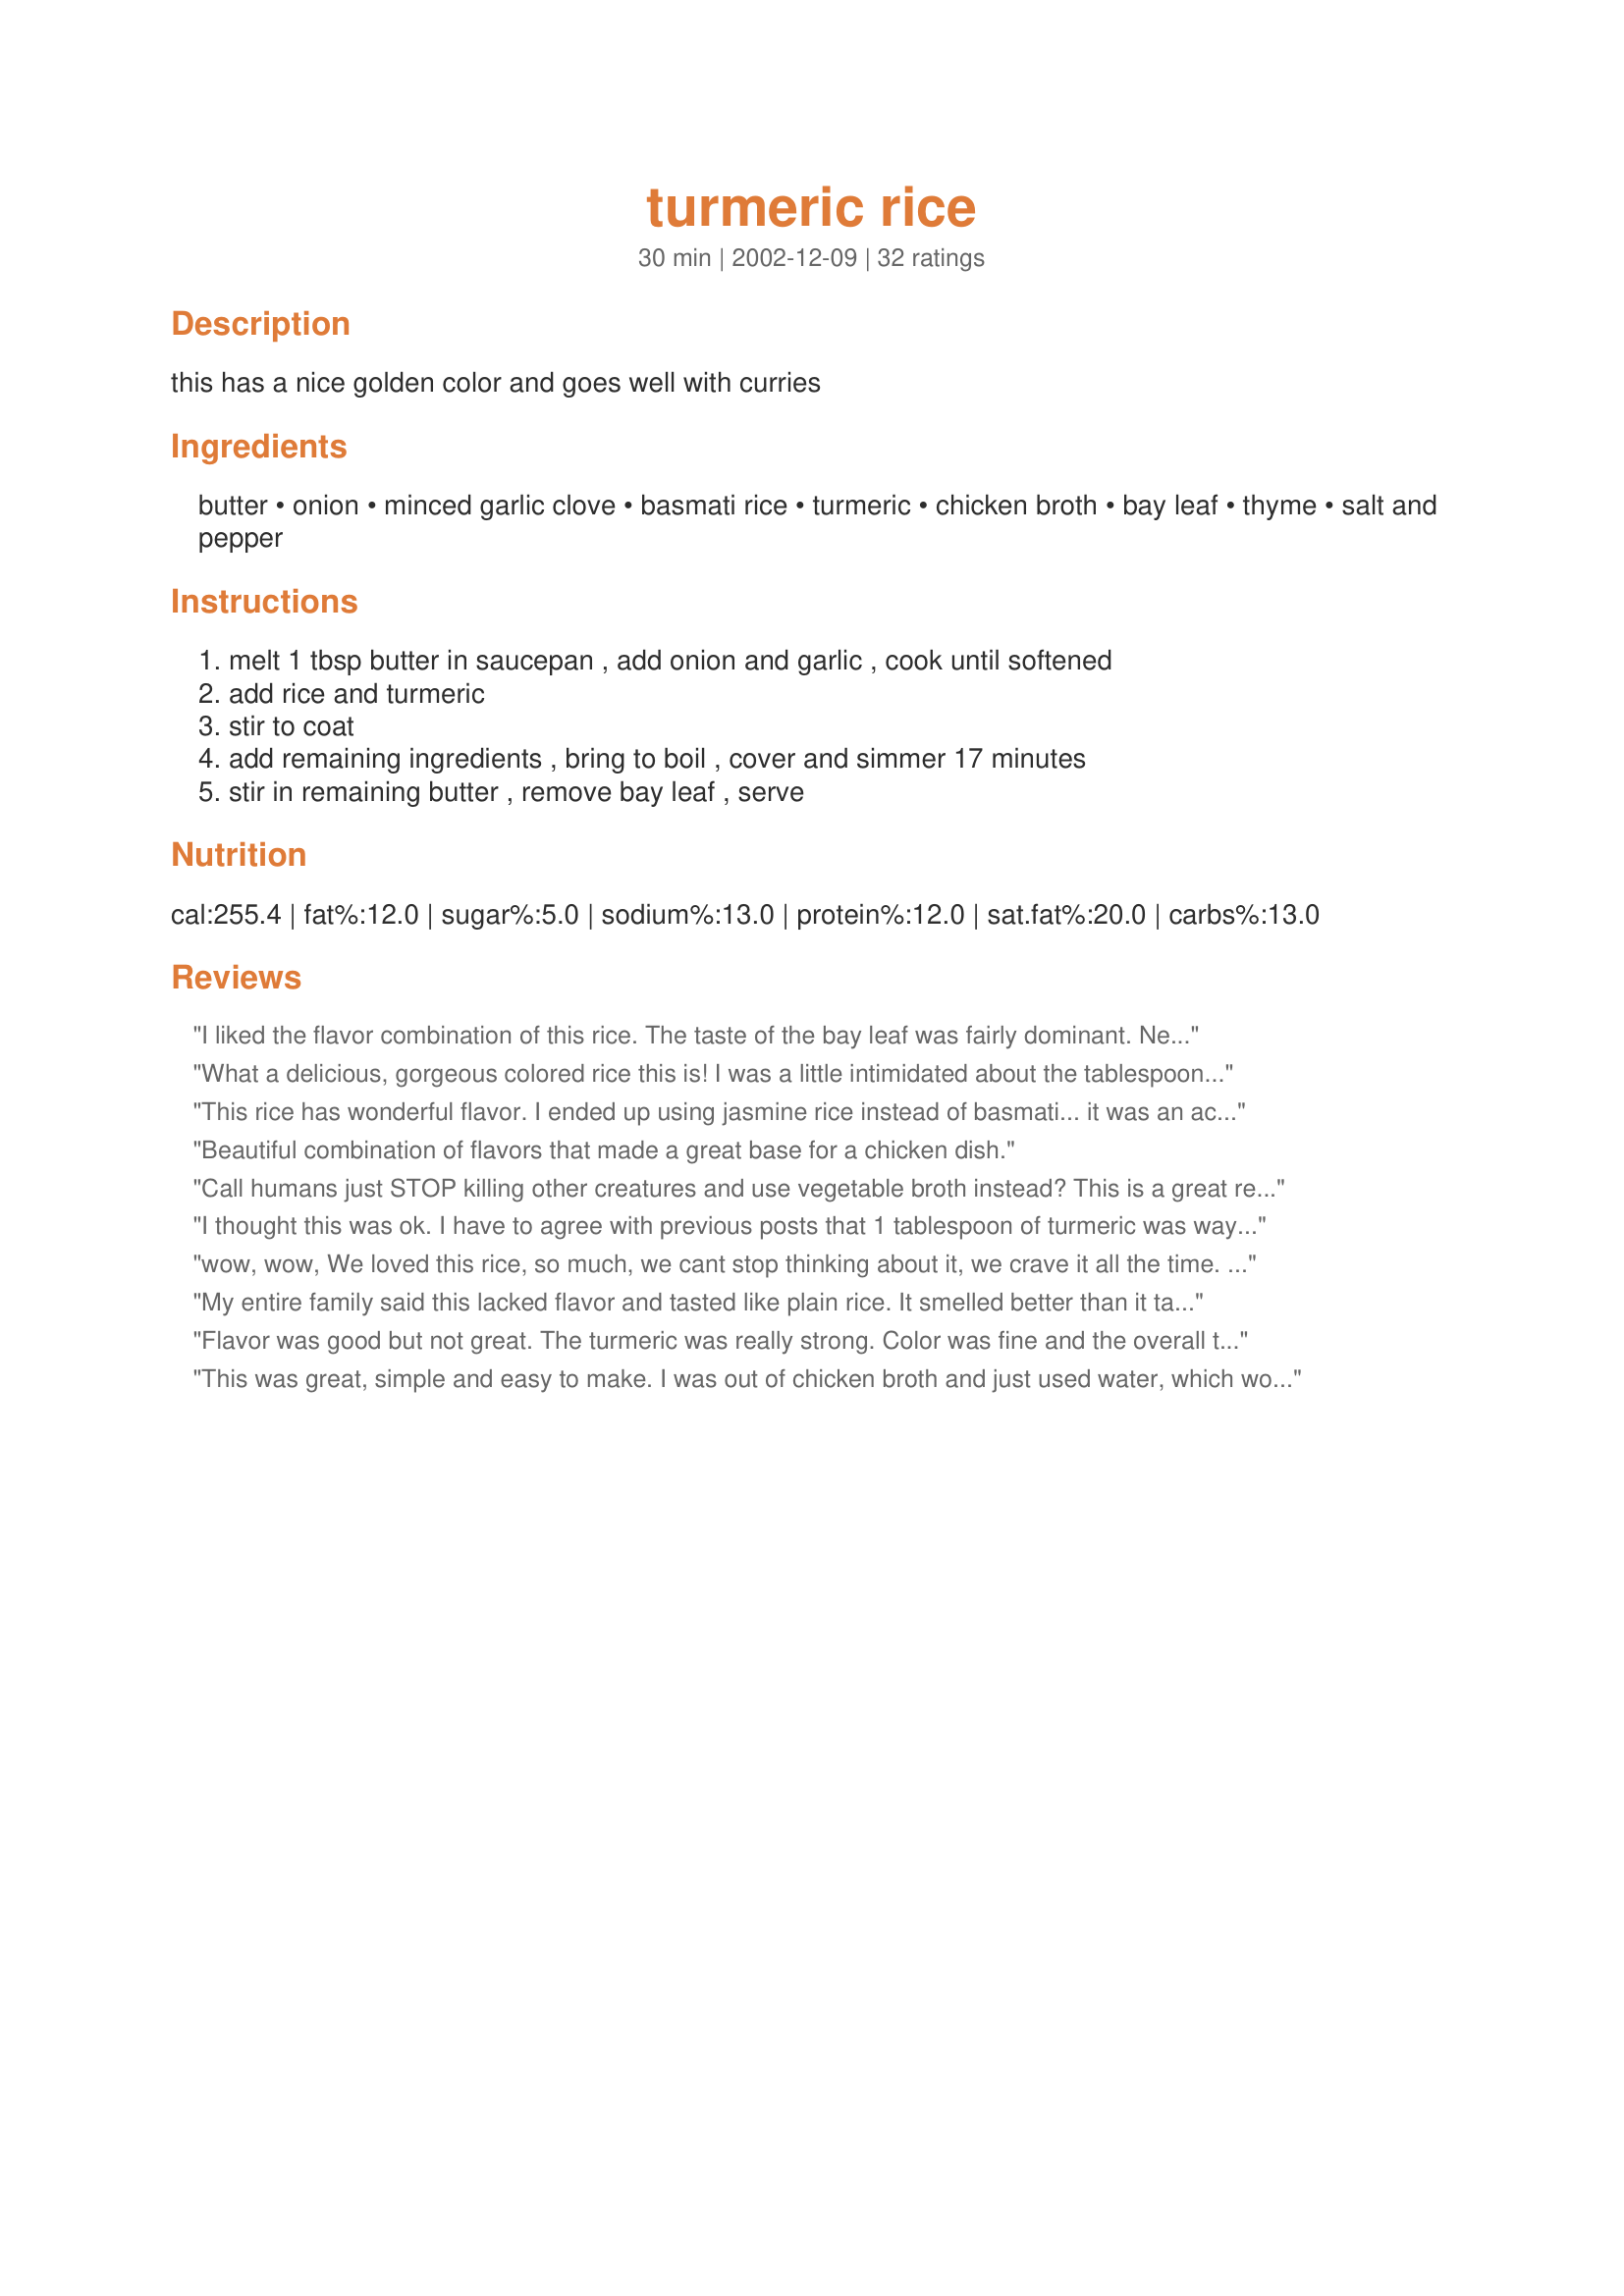
turmeric rice
Preparation time: 30 minutes

this has a nice golden color and goes well with curries

Ingredients:
butter, onion, minced garlic clove, basmati rice, turmeric, chicken broth, bay leaf, thyme, salt and pepper

Steps:
melt 1 tbsp butter in saucepan , add onion and garlic , cook until softened, add rice and turmeric, stir to coat, add remaining ingredients , bring to boil , cover and simmer 17 minutes, stir in remaining butter , remove bay leaf , serve

Reviews:
I liked the flavor combination of this rice. The taste of the bay leaf was fairly dominant. Next time I'll try using half of a bay leaf.
What a delicious, gorgeous colored rice this is! I was a little intimidated about the tablespoon of tumeric, but that amount was perfect to flavor the rice, and the bay leaf added just a hint of mystery to the dish. We served this with some fried eggplant covered with spicy Chili and Coriander Sauce#67674, and steamed green beans....a great combination of tastes. Chia...this will be my standard rice recipe for spicy dishes from now on....XO
This rice has wonderful flavor. I ended up using jasmine rice instead of basmati... it was an accident honestly hehe but it didnt hurt at all; it was delicious. Like dale, I did not add any extra butter at the end. I will be making this again!!!
Beautiful combination of flavors that made a great base for a chicken dish.
Call humans just STOP killing other creatures and use vegetable broth instead? This is a great recipe with vegetable broth instead of chicken broth because ironically the tumeric (spell check does not even know what turmeric is OK?) fights the bad things that a dead chicken adds to the recipe. Can we start talking about how heinous corporate factory farming really is? Make this recipe with the veg broth and you will not be disappointed and as a result, much healthier. Thank you!
I thought this was ok. I have to agree with previous posts that 1 tablespoon of turmeric was way too much (and I LOVE turmeric). I also thought this was missing something else... I can't quite put my finger on it, but I'll play around with this recipe to see if I can figure it out.
wow, wow, We loved this rice, so much, we cant stop thinking about it, we crave it all the time.
Try it and double the recipe, it was not enough!!! we all wanted more!!!
My entire family said this lacked flavor and tasted like plain rice. It smelled better than it tasted.
Flavor was good but not great. The turmeric was really strong. Color was fine and the overall taste was just okay
This was great, simple and easy to make. I was out of chicken broth and just used water, which worked out fine; plus I was looking for a light rice dish that wouldn't be competing with the chicken vindaloo that I was making. I also added broccoli florets so it would cook with the rice and it worked out well. Thanks!
This was great! However - a tablespoon of turmeric is a huge amount of turmeric. I used about a teaspoon and that was plenty turmericky (?) The final addition of butter isn't necessary but I thought it made the final dish creamier so if you're not opposed to the additional calories, do it! But it'll still taste great without.
Followed the recipe but I found it to bland for our taste buds. If you are used to lots of spices and herbs this may seem low key on the pallet. I will try to make again adding lots of fresh chopped cilantro and maybe a dash of paprika or chili powder to oompf the taste a bit more.
What a nice flavor combination! This would make a tasty side to chicken, beef or pork. It's easy, too.
A characteristic feature of curcumin (turmeric has curcumin) - is its ability to be painted in yellow color is not only animals, but also vegetable fibers, without stain. In this respect, it is similar to an artificial organic azo dyes. However, it does not matter))) The main thing - I have been taken for 3 months on the advice of a wise man (do not give out names))) and back pain (because of her I awoke at night!), gone forever! There you have it, guys.
This was a good rice dish but the whole tablespoon of turmeric was too much for our taste. I'll make it again but I'll cut the turmeric by half.
This was fantastic and even easier than similar recipes I have found on 'zaar. The only change I made was to double the garlic and I used low sodium chicken broth - next time I would like to try vegetable stock instead. I served this with broccoli and grilled curried chicken. Thanks for posting a keeper!
I love this rice! First time I ever used turmeric, so I tried just 1/2 T instead of a full T. Really good!
I loved this rice! But, I have to admit that I deviated from the given recipe in a significant way. While it called out 1 Tablespoon of turmeric, I used only 1/2 of a teaspoon (since I know that turmeric is rather strong)! I will be making this many more times though, and am going to increase the turmeric to see what amount I like best. I also think that the addition of the extra butter at the end helped to make the dish. Thanks a thousand times for this wonderful keeper.
I didn't have any thyme. But it turned out great anyway. Very delicious. I will definitely make this recipe again.
Easy - exotic - delicious!
It was nice to read the comments below. I am going to give this a go for tonight's dinner. :)
Made tonight as part of our "LiveStrong...A Taste of Yellow" dinner and served with recipe #12200. This was a tasty new way to prepare rice. I did cut the turmeric down to a 1/2 tsp, having been over-turmericed in the past, and to me the flavor was perfect with this amount. I didn't have any bay leaves on hand but otherwise cooked it as written. Didn't know what DH would think of it but he said he'd like to have it again.
Delicious rice dish! I didn't have any basmati so just used regular long grain rice. Also I didn't add any extra butter at the end. I really enjoyed this and it makes a great side dish.
This was a very fast and easy rice dish that required very little prep. The taste of the turmeric is very pronounced. DH thought the rice was just a little on the dry side. I followed instructions except for subbing veggie broth for chicken broth. Served alongside Recipe #267565 267565. Thanks!
I'm lazy and cheap so I don't buy or go through the process of making vegetable or meat broth. Water does just fine :) Great easy recipe. I use it to make the yellow rice for my fried rice and chicken soup.
Best Yellow Rice Ever. I served it with Recipe#82287.(a must try)
I teach a cooking class at the University here. It is a program for learning in retirement. They will never "BUY YELLOW RICE " again. Thanks for the recipe.
I'm glad to be on your team and ready for the next challenge! :-) Ingrid
My husband is very particular about the meals that he eats. He said this rice was an excellent combination of flavors and was delicious!! We served this as a side dish to Costa Rican Jalapeno Pepper Steak, recipe #66695.
This is a very simple recipe, doesn't need very many ingredients, and is fantastic. We ate with roast chicken seasoned with herbes de provence and with roasted asparagus. Thanks for posting!
Made this tonight to accompany a curry dish. Delicious! I left out the thyme and used FRESH grated turmeric. If you can get your hands on the fresh stuff, do it. The flavor is so much better. Just make sure don't turn your whole kitchen (or yourself) yellow in the process :)
I am about to make this rice for lunch (to go with a slow-cooker stroganoff). As we are in a caravan, with not much food storage space, I am going to use a chicken Cup-a-Soup instead of broth. I often use these in casseroles instead of stock. The &quot;Cream of..&quot; ones seem to work best.
I didn't know what a &quot;drop&quot; of thyme was, so I added about 1/2 teaspoon of dried thyme. It overpowered the taste. Next time, I will omit the thyme completely.
Yummy! I used this recipe in the rice cooker and I had wonderful results. I followed the recipe as written however I added the whole butter at the start and added half a cup more of chicken broth. While it was cooking the aroma filled the house, the rice was so fluffy and flavoursome. Thank you chia
